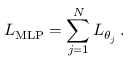
L _ { \mathrm { M L P } } = \sum _ { j = 1 } ^ { N } { L _ { \theta _ { j } } } \, .